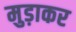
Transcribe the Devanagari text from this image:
मुड़ाकर